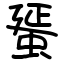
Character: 蜑